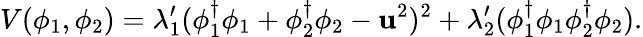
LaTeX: V(\phi_{1},\phi_{2})=\lambda_{1}^{\prime}(\phi_{1}^{\dagger}\phi_{1}+\phi_{2}^{\dagger}\phi_{2}-\mathbf{u}^{2})^{2}+\lambda_{2}^{\prime}(\phi_{1}^{\dagger}\phi_{1}\phi_{2}^{\dagger}\phi_{2}).